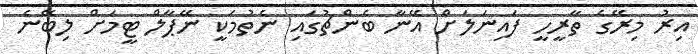
އިރު މިރޭގެ ތާރީހީ ފައިނަލަށް އޭނާ ބެންޗުގައި ނެތުމަކީ ނޭޕާލް ޓީމަށް ލިބޭނެ